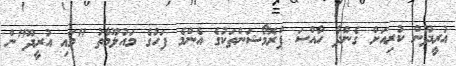
އުރީދޫން ކުރިއަށް ގެންދާ ހާއްސަ ޕްރޮމޯޝަންތަކުގެ އެންމެ ފަހުގެ މައުލޫމާތު "މައި އުރީދޫ"ން